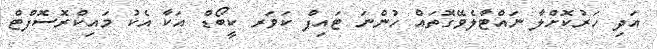
އަދި ހަރުކޮށްލާ ނައްޓާލެވޭގޮތައް ހުންނަ ޓައިޕް ކަވަރ ކީބޯޑް އަކާ އެކު މައިކްރޮސޮފްޓް